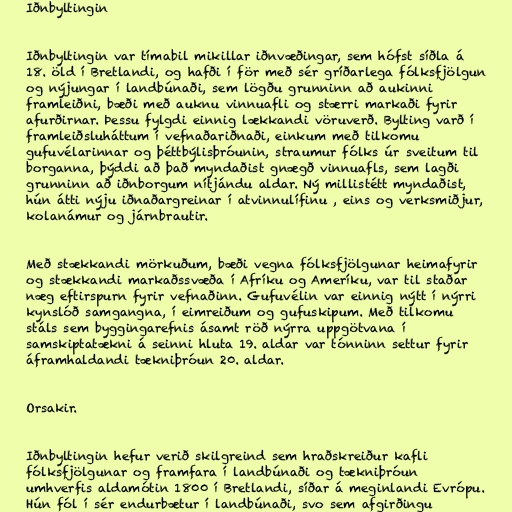
Iðnbyltingin

Iðnbyltingin var tímabil mikillar iðnvæðingar, sem hófst síðla á
18. öld í Bretlandi, og hafði í för með sér gríðarlega fólksfjölgun
og nýjungar í landbúnaði, sem lögðu grunninn að aukinni
framleiðni, bæði með auknu vinnuafli og stærri markaði fyrir
afurðirnar. Þessu fylgdi einnig lækkandi vöruverð. Bylting varð í
framleiðsluháttum í vefnaðariðnaði, einkum með tilkomu
gufuvélarinnar og þéttbýlisþróunin, straumur fólks úr sveitum til
borganna, þýddi að það myndaðist gnægð vinnuafls, sem lagði
grunninn að iðnborgum nítjándu aldar. Ný millistétt myndaðist,
hún átti nýju iðnaðargreinar í atvinnulífinu , eins og verksmiðjur,
kolanámur og járnbrautir.

Með stækkandi mörkuðum, bæði vegna fólksfjölgunar heimafyrir
og stækkandi markaðssvæða í Afríku og Ameríku, var til staðar
næg eftirspurn fyrir vefnaðinn. Gufuvélin var einnig nýtt í nýrri
kynslóð samgangna, í eimreiðum og gufuskipum. Með tilkomu
stáls sem byggingarefnis ásamt röð nýrra uppgötvana í
samskiptatækni á seinni hluta 19. aldar var tónninn settur fyrir
áframhaldandi tækniþróun 20. aldar.

Orsakir.

Iðnbyltingin hefur verið skilgreind sem hraðskreiður kafli
fólksfjölgunar og framfara í landbúnaði og tækniþróun
umhverfis aldamótin 1800 í Bretlandi, síðar á meginlandi Evrópu.
Hún fól í sér endurbætur í landbúnaði, svo sem afgirðingu